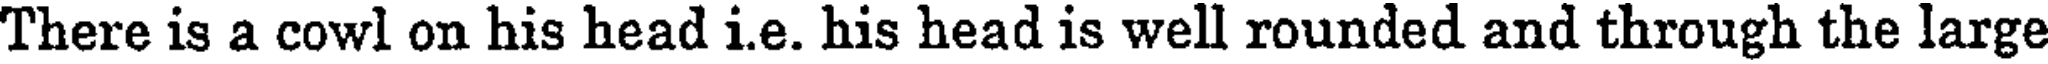
There is a cowl on his head i.e. his head is well rounded and through the large